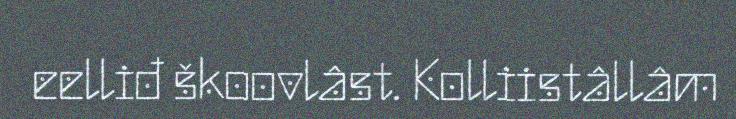
eelliđ škoovlâst. Kolliistâllâm